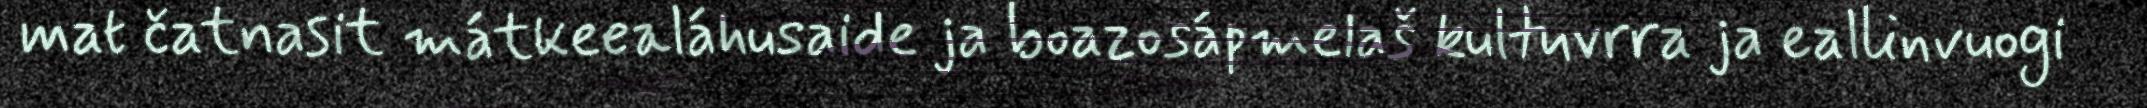
mat čatnasit mátkeealáhusaide ja boazosápmelaš kultuvrra ja eallinvuogi